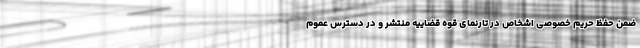
ضمن حفظ حریم خصوصی اشخاص در تارنمای قوه قضاییه منتشر و در دسترس عموم